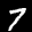
Label: 7